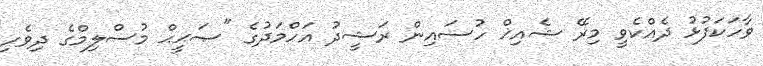
ވާހަކަފުޅު ދެއްކެވީ މިރޭ ޝެއިޚް ހުސައިން ރަޝީދު އަހްމަދުގެ "ޞަޙީޙް މުސްލިމްގެ ދިވެހި